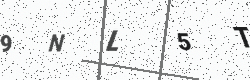
Text: 9NL5T